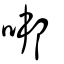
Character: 𠳐